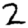
Digit: 2